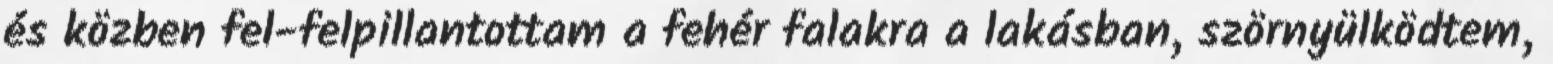
és közben fel-felpillantottam a fehér falakra a lakásban, szörnyülködtem,